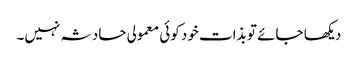
دیکھا جائے تو بذات خود کوئی معمولی حادثہ نہیں۔